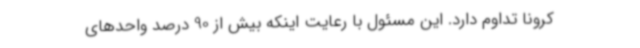
کرونا تداوم دارد. این مسئول با رعایت اینکه بیش از 90 درصد واحدهای